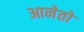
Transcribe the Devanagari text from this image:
आनेतो